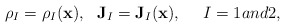
\begin{align*}\rho_I=\rho_I(\mathbf{x}),~~ \mathbf{J}_I=\mathbf{J}_I (\mathbf{x}),~~~~ I = 1 and 2,\end{align*}